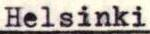
Helsinki